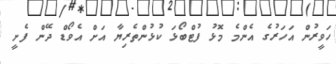
ހަވީރުން އަހަރުގެ އެންމެ މޮޅު ފުޓްބޯޅަ ކުޅުންތެރިޔާ އަށް އެވޯޑް ދޭން ފެށީ